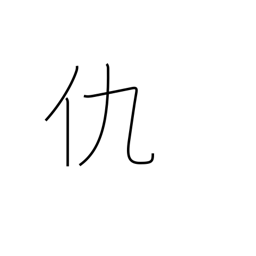
Meaning: enemy